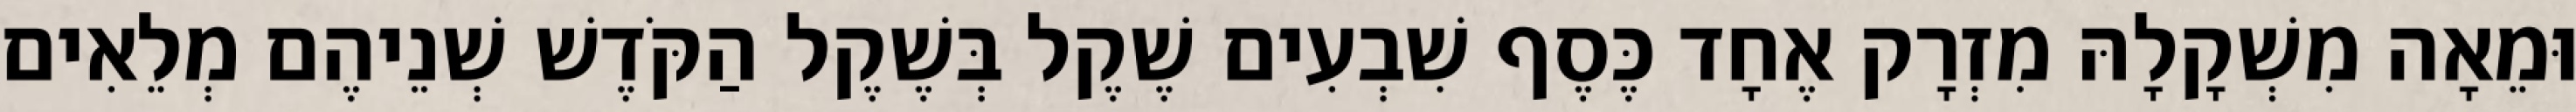
וּמֵאָה מִשְׁקָלָהּ מִזְרָק אֶחָד כֶּסֶף שִׁבְעִים שֶׁקֶל בְּשֶׁקֶל הַקֹּדֶשׁ שְׁנֵיהֶם מְלֵאִים